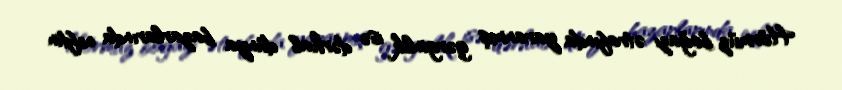
Hörmüz boğazı ətrafında yaranmış gərginlik isə dərhal dünya bazarlarında neftin